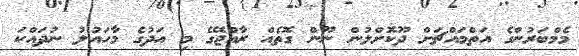
މެމްބަރުންގެ އަތްމައްޗަށް ދޫކޮށްލުން ނޫން ގޮތެއް ރާއްޖޭގެ މި އަދުގެ މާހައުލު ނުދައްކަ